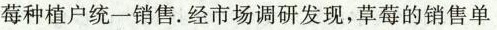
莓种植户统一销售。经市场调研发现，草莓的销售单